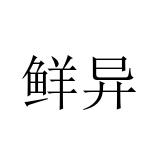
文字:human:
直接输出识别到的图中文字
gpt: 鲜异